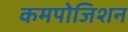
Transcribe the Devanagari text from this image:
कमपोजिशन